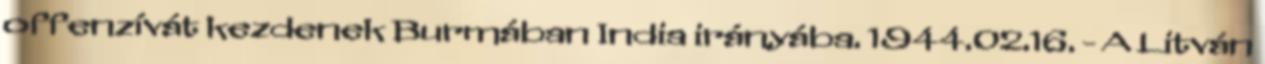
offenzívát kezdenek Burmában India irányába. 1944.02.16. - A Litván